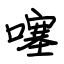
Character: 噻